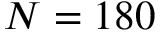
N = 1 8 0